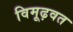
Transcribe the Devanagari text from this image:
विमूढ़वत